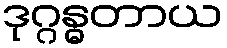
ဒုဂ္ဂန္ဓတာယ